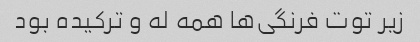
زیر توت فرنگی‌ها همه له و ترکیده بود